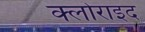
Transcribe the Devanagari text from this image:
क्लोराइद